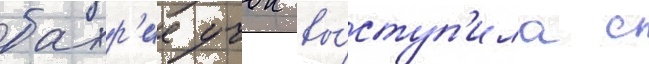
бахр'ие учок вы́ступ'ила с